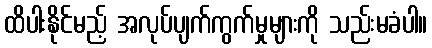
ထိပါးနိုင်မည့် အလုပ်ပျက်ကွက်မှုများကို သည်းမခံပါ။